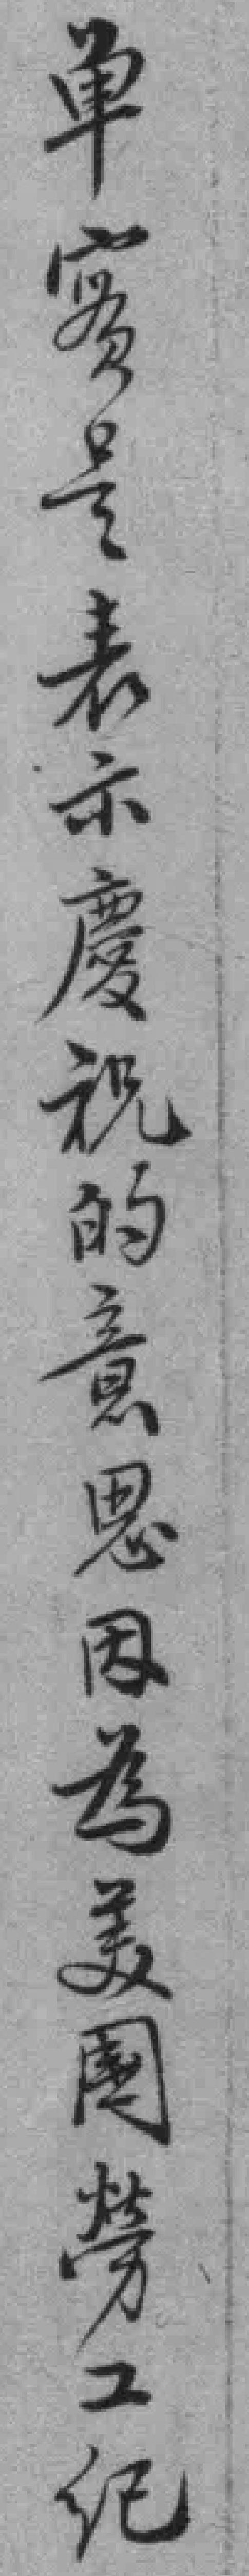
单實是表示慶祝的意思因為美國勞工紀